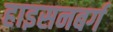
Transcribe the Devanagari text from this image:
हाइसनबर्ग